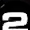
Digit: 2